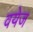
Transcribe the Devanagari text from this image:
वयेज